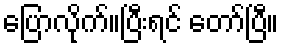
ပြောလိုက်။ပြီးရင် တော်ပြီ။